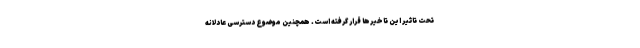
تحت تاثیر این تاخیرها قرار گرفته است. همچنین موضوع دسترسی عادلانه